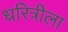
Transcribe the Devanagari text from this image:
धरित्रीला